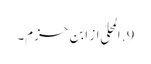
9. المحلیٰ از ابن حزم۔